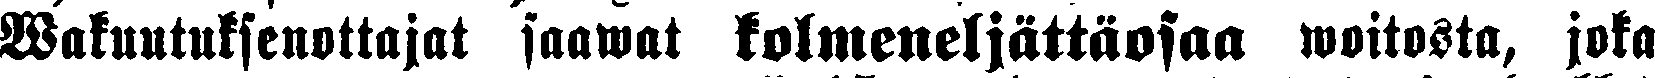
Wakuutuksenottajat saawat kolmeneljättäosaa woitosta, joka